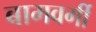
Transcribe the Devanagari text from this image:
बामवर्गी